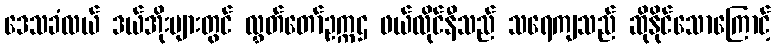
ဒေသခံလယ် ဒယ်အိုးများတွင် လွှတ်တော်ဥက္ကဌ ဖယ်လိုင်နီသည် သရေကျသည် ဆိုနိုင်သောကြောင့်